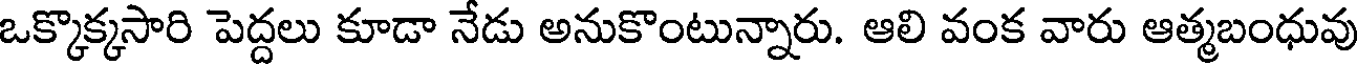
ఒక్కొక్కసారి పెద్దలు కూడా నేడు అనుకొంటున్నారు. ఆలి వంక వారు ఆత్మబంధువు